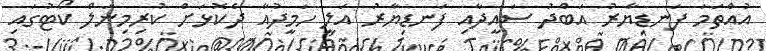
އުއްތަމަ ފަނޑިޔާރު އަބްދު ސައީދާއި ފަނޑިޔާރު އަލީ ހަމީދުއާ ދެކޮޅަށް ކުރިމިނަލް ކޯޓުގައި